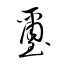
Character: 壐